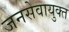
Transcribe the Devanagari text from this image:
जनसेवायुक्‍त